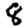
Digit: 8